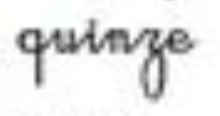
quinze